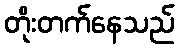
တိုးတက်နေသည်